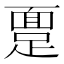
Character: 𫏔